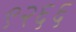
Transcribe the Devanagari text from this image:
९२६६